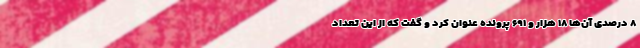
۸ درصدی آن‌ها ۱۸ هزار و ۶۹۱ پرونده عنوان کرد و گفت که از این تعداد